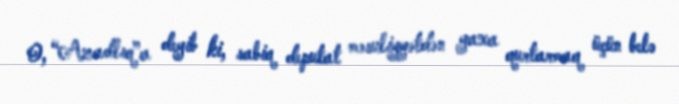
O, “Azadlıq”a deyib ki, sabiq deputat məsuliyyətdən yaxa qurtarmaq üçün belə